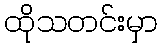
ထိုသတင်းမှာ